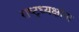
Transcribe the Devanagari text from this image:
राष्ट्रध्यक्षांना